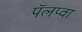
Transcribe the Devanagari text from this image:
पॅलप्वा